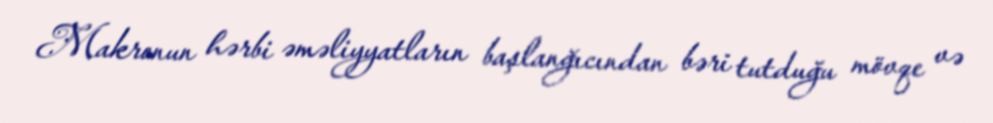
Makronun hərbi əməliyyatların başlanğıcından bəri tutduğu mövqe və